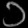
Digit: ၁